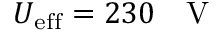
U _ { \mathrm { e f f } } = 2 3 0 \textrm { ~ V }